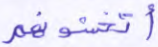
أتخشونهم